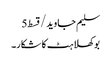
سلیم جاوید/قسط5
بوکھلاہٹ کا شکار۔